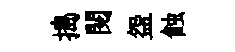
搗閲盌蝕